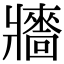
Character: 𤖠